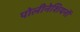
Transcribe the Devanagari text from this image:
पोलीनेशियनों